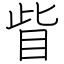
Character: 眥